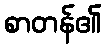
စာတန်၏